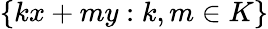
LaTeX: \{ kx+my:k,m\in K\}